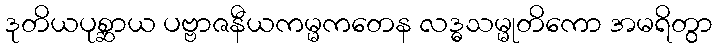
ဒုတိယပုစ္ဆာယ ပဗ္ဗာဇနီယကမ္မကတေန လဒ္ဓသမ္မုတိကော အမရိတွာ